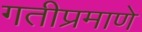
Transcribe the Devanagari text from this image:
गतीप्रमाणे